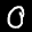
Label: 0